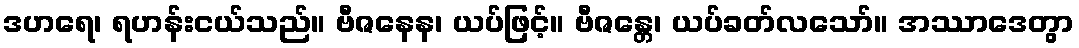
ဒဟရေ၊ ရဟန်းငယ်သည်။ ဗီဇနေန၊ ယပ်ဖြင့်။ ဗီဇန္တေ၊ ယပ်ခတ်လသော်။ အဿာဒေတွာ